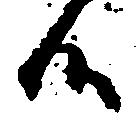
候